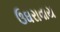
ઉઘરાવાય